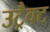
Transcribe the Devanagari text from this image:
उट्रैक्ट